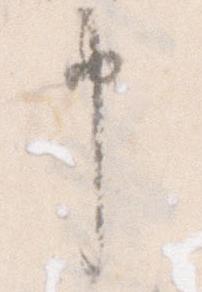
申